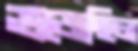
ভজেছিল